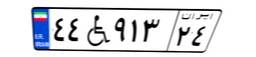
۲۵W۵۱۹۲۴